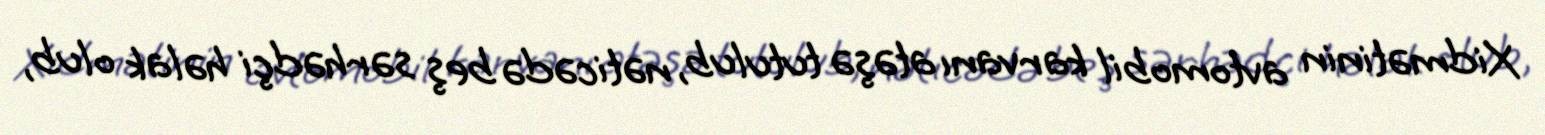
Xidmətinin avtomobil karvanı atəşə tutulub, nəticədə beş sərhədçi həlak olub,